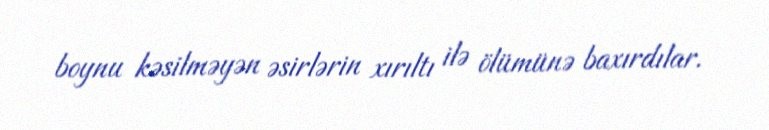
boynu kəsilməyən əsirlərin xırıltı ilə ölümünə baxırdılar.